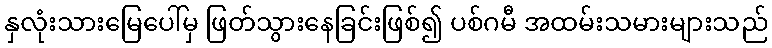
နှလုံးသားမြေပေါ်မှ ဖြတ်သွားနေခြင်းဖြစ်၍ ပစ်ဂမီ အထမ်းသမားများသည်